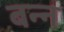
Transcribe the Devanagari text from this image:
बन्न